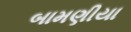
બામણીયા